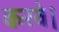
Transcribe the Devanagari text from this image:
करवे।